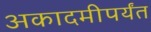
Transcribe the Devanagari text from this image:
अकादमीपर्यंत